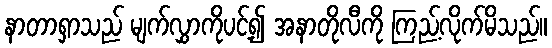
နာတာရှာသည် မျက်လွှာကိုပင့်၍ အနာတိုလီကို ကြည့်လိုက်မိသည်။